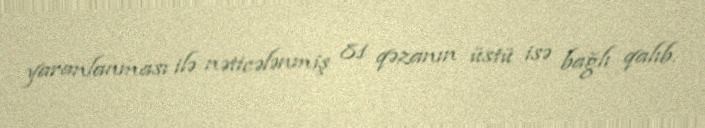
yaranlanması ilə nəticələnmiş 81 qəzanın üstü isə bağlı qalıb.